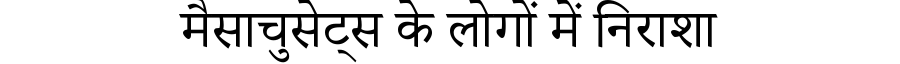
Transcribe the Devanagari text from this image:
मैसाचुसेट्स के लोगों में निराशा